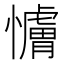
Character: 𫻖